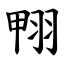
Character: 翈